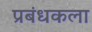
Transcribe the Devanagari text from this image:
प्रबंधकला